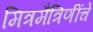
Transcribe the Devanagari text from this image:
मित्रमैत्रिणींचे